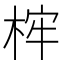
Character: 𣒲